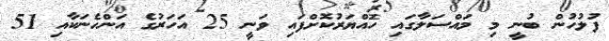
ފުލުހުން ބުނީ މި މައްސަލާގައި ހައްޔަރުކޮށްފައި ވަނީ 25 އަހަރުގެ އަންހެނަކާއި 51